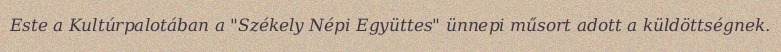
Este a Kultúrpalotában a "Székely Népi Együttes" ünnepi műsort adott a küldöttségnek.